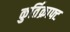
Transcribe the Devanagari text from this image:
कुर्तिक्राफ्ट